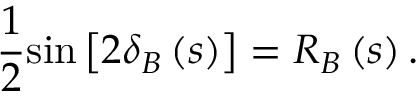
\frac { 1 } { 2 } \mathrm { { s i n } } \left[ 2 \delta _ { B } \left( s \right) \right] = R _ { B } \left( s \right) .